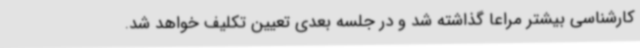
کارشناسی بیشتر مراعا گذاشته شد و در جلسه بعدی تعیین تکلیف خواهد شد.